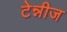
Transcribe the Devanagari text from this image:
टेन्नीज